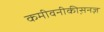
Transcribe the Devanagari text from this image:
कमीवनीकीस़नज़